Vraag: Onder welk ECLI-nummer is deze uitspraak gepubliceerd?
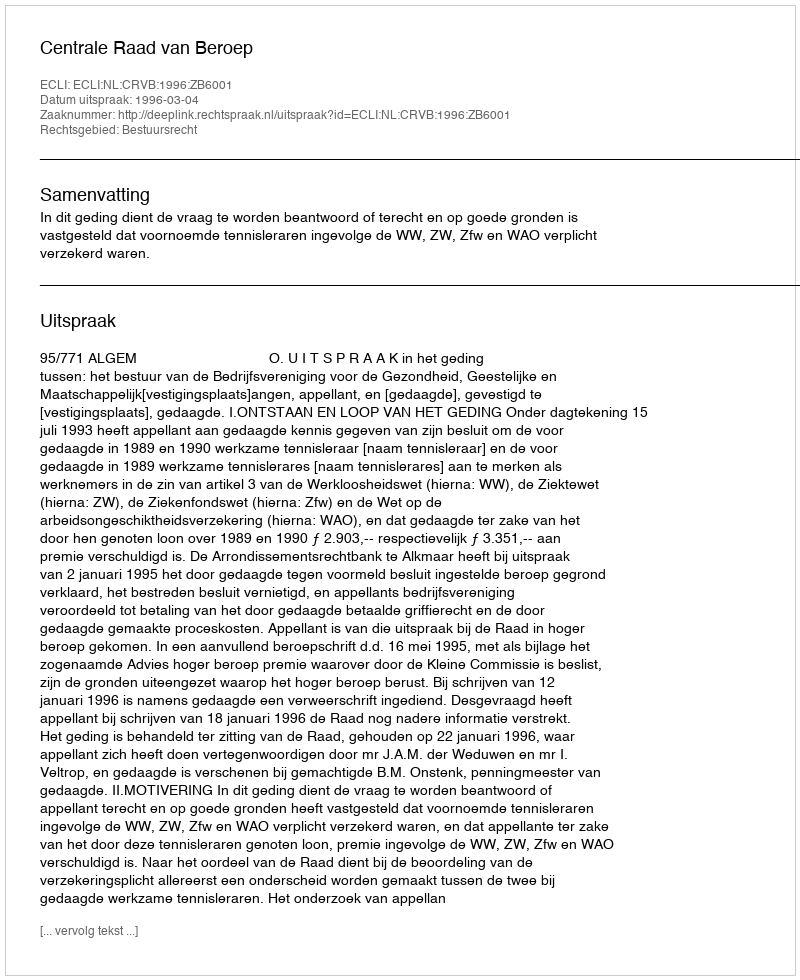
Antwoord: ECLI:NL:CRVB:1996:ZB6001